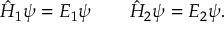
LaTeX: \hat { H } _ { 1 } \psi = E _ { 1 } \psi \qquad \hat { H } _ { 2 } \psi = E _ { 2 } \psi .